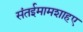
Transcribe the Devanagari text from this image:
संतईमामशाहए